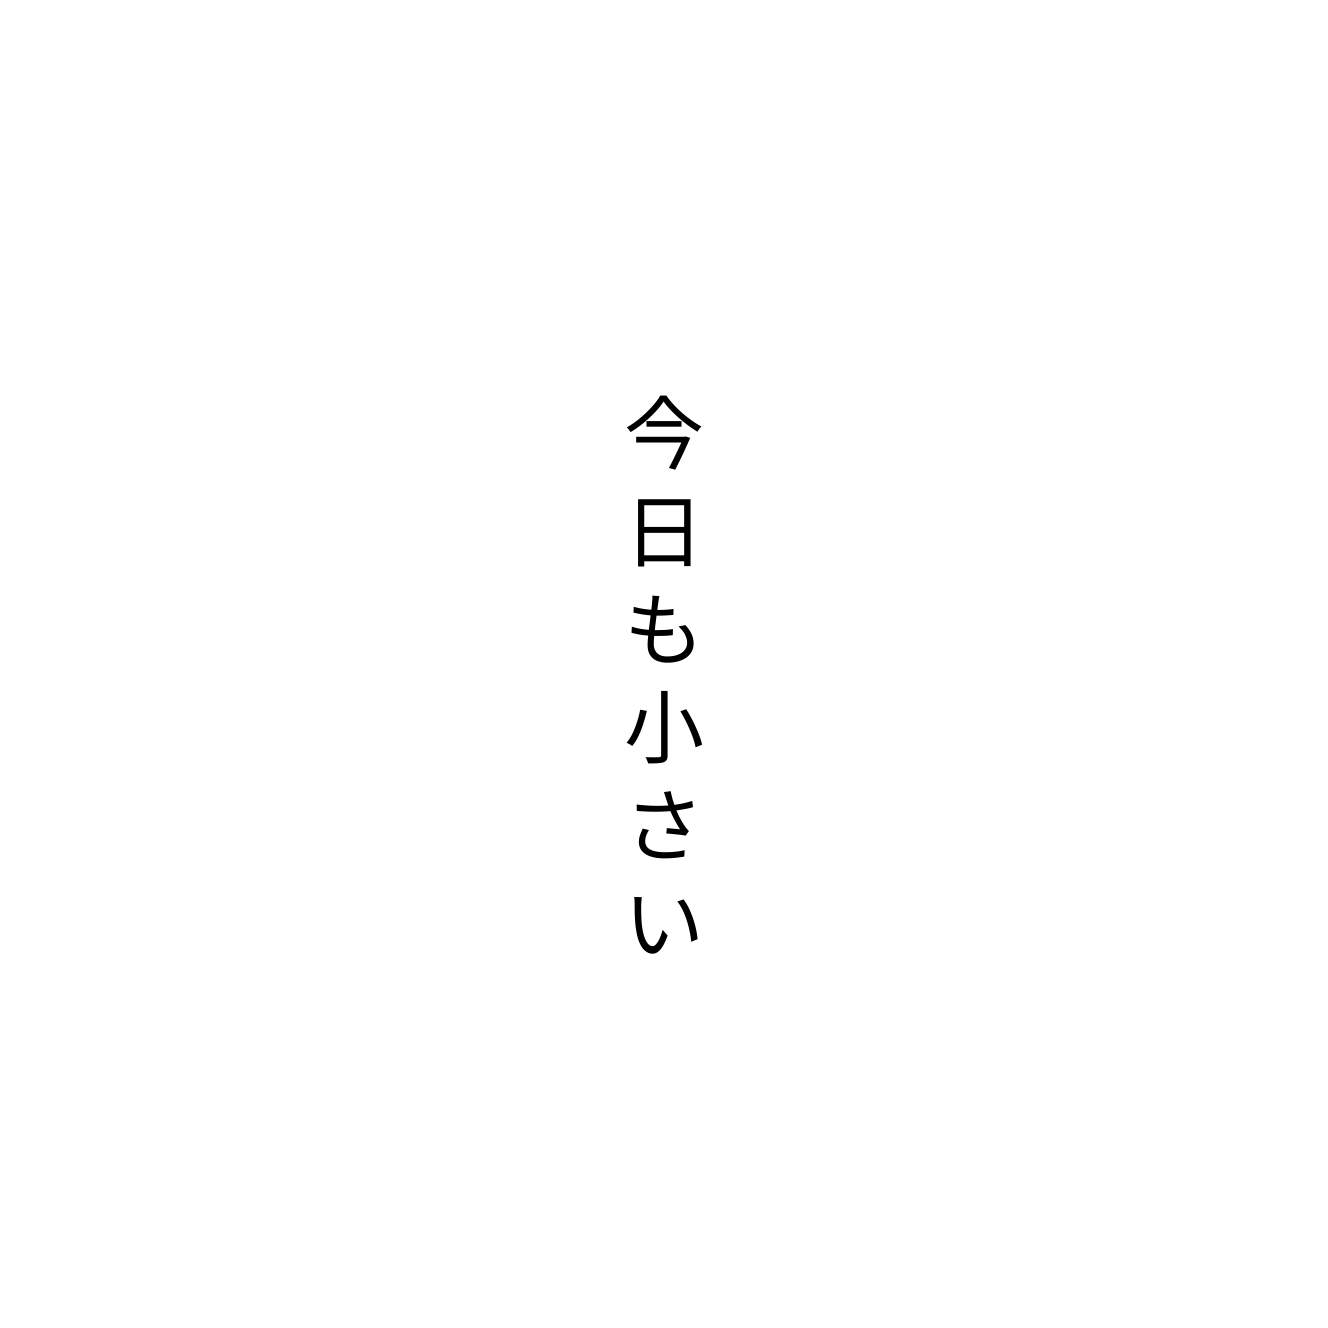
今日も小さい